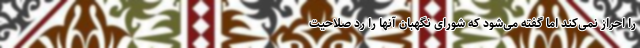
را احراز نمی‌کند اما گفته می‌شود که شورای نگهبان آنها را رد صلاحیت